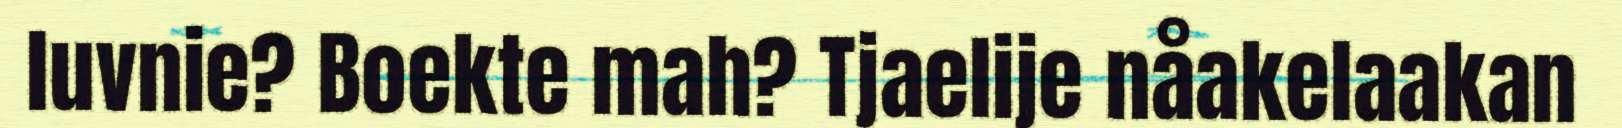
luvnie? Boekte mah? Tjaelije nåakelaakan